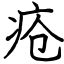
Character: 疮